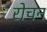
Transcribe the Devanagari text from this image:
रोचन